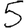
Digit: 5